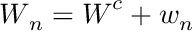
\boldsymbol { W } _ { n } = \boldsymbol { W } ^ { c } + \boldsymbol { w } _ { n }